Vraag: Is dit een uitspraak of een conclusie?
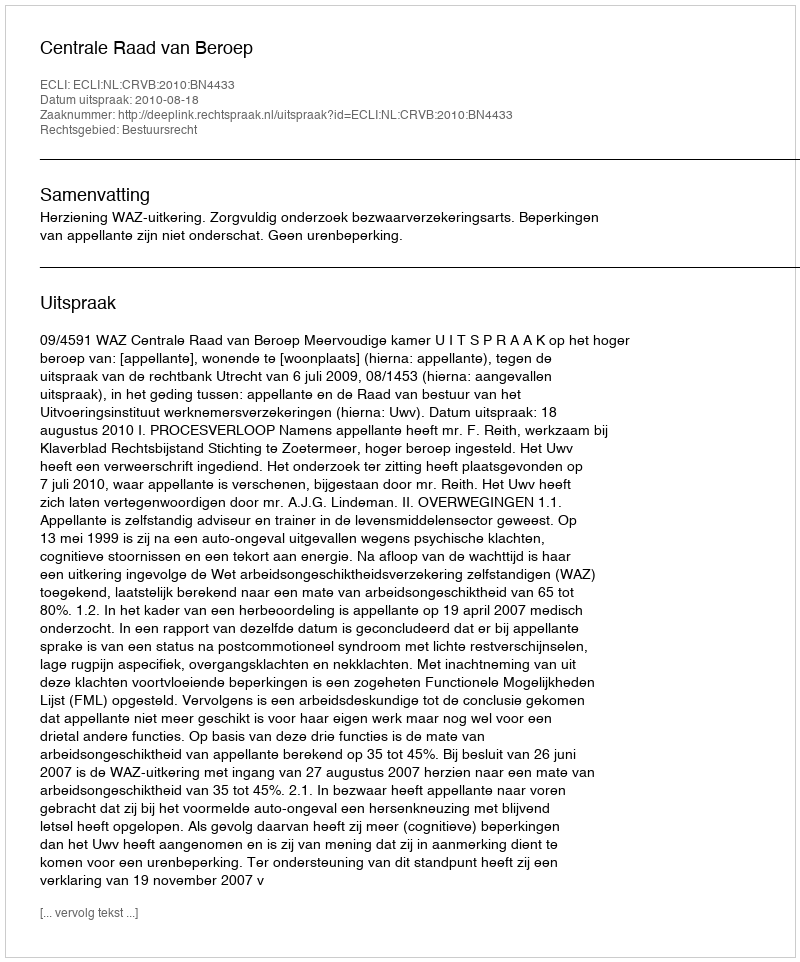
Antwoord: Uitspraak